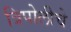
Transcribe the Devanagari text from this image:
त्रिपोलीचे